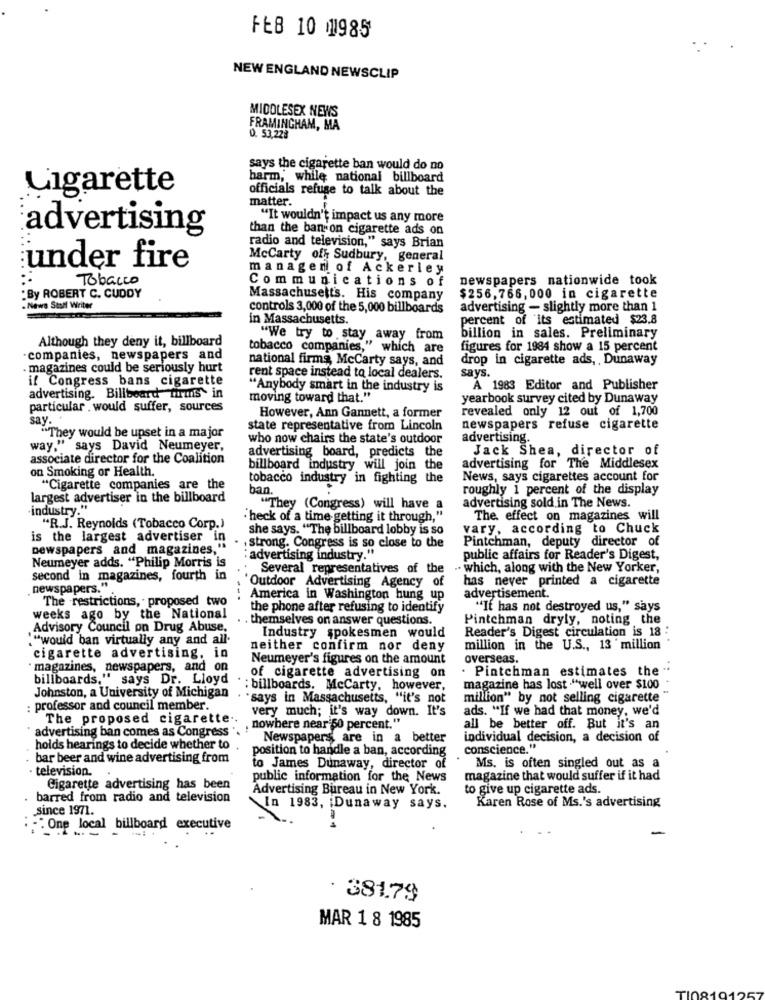
FEB 10 0985
NEW ENGLAND NEWSCLIP
MIDDLESEX NEWS
FRAMINGHAM, MA
0. 53,228
says the cigarette ban would do no
harm, while national billboard
Cigarette
officials refuse to talk about the
matter.
"It wouldn't impact us any more
advertising
than the ban on cigarette ads on
radio and television," says Brian
McCarty off Sudbury, general
under fire
managen of Ackerley
Tobacco
Communications of
newspapers nationwide took
:By ROBERT C. CUDDY
Massachusetts. His company
$256,766,000 in cigarette
.News Staff Writer
controls 3,000 of the 5,000 billboards
advertising - slightly more than 1
in Massachusetts.
percent of its estimated $23.8
Although they deny it, billboard
"We try to stay away from
billion in sales. Preliminary
tobacco companies," which are
figures for 1984 show a 15 percent
companies, newspapers and
national firma, McCarty says, and
drop in cigarette ads ,, Dunaway
magazines could be seriously hurt
says.
if Congress bans cigarette
rent space instead to local dealers.
"Anybody smart in the industry is
À 1983 Editor and Publisher
advertising. Billboard firms in
moving toward that."
yearbook survey cited by Dunaway
particular . would suffer, sources
revealed only 12 out of 1,700
say.
However, Ann Gannett, a former
"They would be upset in a major
state representative from Lincoln
newspapers refuse cigarette
who now chairs the state's outdoor
advertising.
way," says David Neumeyer,
advertising board, predicts the
Jack Shea, director of
associate director for the Coalition
on Smoking or Health.
billboard industry will join the
advertising for The Middlesex
tobacco industry in fighting the
News, says cigarettes account for
"Cigarette companies are the
ban.
roughly 1 percent of the display
largest advertiser in the billboard
.industry."
"They (Congress) will have a
advertising sold in The News.
"heck of a time getting it through,"
The effect on magazines will
"R.J. Reynolds (Tobacco Corp.)
she says. "The billboard lobby is so
vary, according to Chuck
is the largest advertiser in
Pintchman, deputy director of
newspapers and magazines,"
. , strong. Congress is so close to the
Neumeyer adds. "Philip Morris is
: advertising industry "
public affairs for Reader's Digest,
Several representatives of the
.. which, along with the New Yorker,
second in magazines, fourth in
has never printed a cigarette
newspapers."
Outdoor Advertising Agency of
The restrictions, proposed two
America in Washington hung up
advertisement.
the phone after refusing to identify
"It has not destroyed us," says
weeks ago by the National
. themselves on answer questions.
Pintchman dryly, noting the
Advisory Council on Drug Abuse,
Reader's Digest circulation is 18 :
!"would ban virtually any and all-
Industry spokesmen would
neither confirm nor deny
million in the U.S ., 13 million
cigarette advertising, in
Neumeyer's figures on the amount
overseas.
magazines, newspapers, and on
. Pintchman estimates the
billboards," says Dr. Lloyd
of cigarette advertising on
: billboards. McCarty, however,
magazine has lost "well over $100
Johnston, a University of Michigan
"says in Massachusetts, "it's not
milllion" by not selling cigarette
: professor and council member.
very much; it's way down. It's
ads. "If we had that money, we'd
The proposed cigarette ..
advertising ban comes as Congress ".
nowhere near 50 percent."
all be better off. But it's an
Newspapers, are in a better
individual decision, a decision of
holds hearings to decide whether to
position to handle a ban, according
conscience."
bar beer and wine advertising from
television.
to James Dunaway, director of
Ms. is often singled out as a
public information for the News
magazine that would suffer if it had
Cigarette advertising has been
Advertising Bureau in New York.
to give up cigarette ads.
barred from radio and television
Karen Rose of Ms.'s advertising
since 1971.
In 1983, Dunaway says.
:One local billboard executive
. 381.79
MAR 1 8 1985
TI081